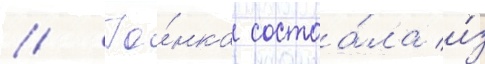
// Го́нка состоа́ла и́з